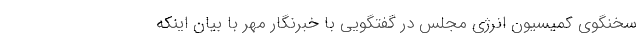
سخنگوی کمیسیون انرژی مجلس در گفتگویی با خبرنگار مهر با بیان اینکه